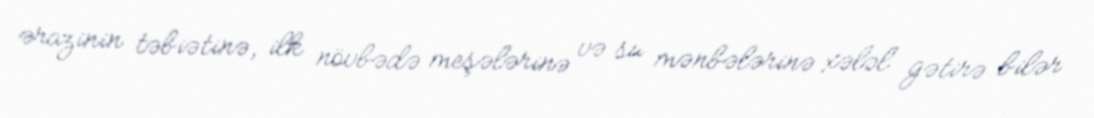
ərazinin təbiətinə, ilk növbədə meşələrinə və su mənbələrinə xələl gətirə bilər